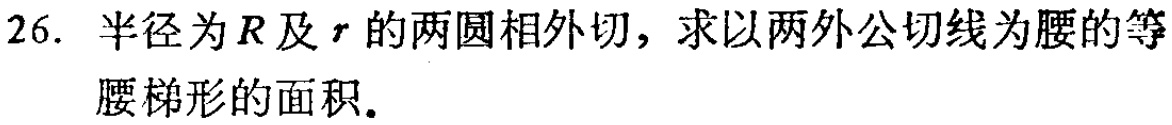
26. 半径为\(R\)及\(r\)的两圆相外切，求以两外公切线为腰的等腰梯形的面积。